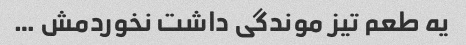
یه طعم تیز موندگی داشت نخوردمش …